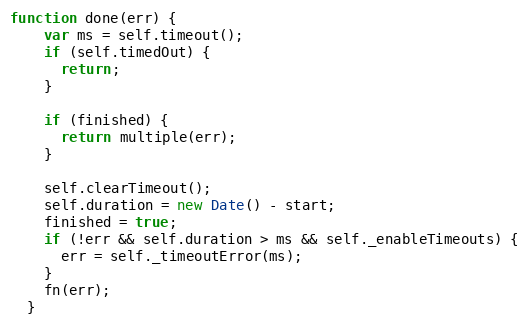
Language: JavaScript
function done(err) {
    var ms = self.timeout();
    if (self.timedOut) {
      return;
    }

    if (finished) {
      return multiple(err);
    }

    self.clearTimeout();
    self.duration = new Date() - start;
    finished = true;
    if (!err && self.duration > ms && self._enableTimeouts) {
      err = self._timeoutError(ms);
    }
    fn(err);
  }